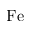
\mathrm { F e }